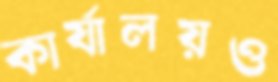
কার্যালয়ও